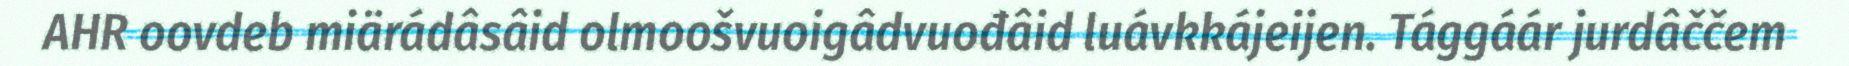
AHR oovdeb miärádâsâid olmoošvuoigâdvuođâid luávkkájeijen. Tággáár jurdâččem